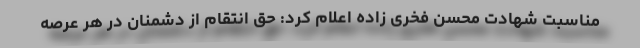
مناسبت شهادت محسن فخری زاده اعلام کرد: حق انتقام از دشمنان در هر عرصه